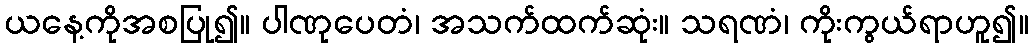
ယနေ့ကိုအစပြု၍။ ပါဏုပေတံ၊ အသက်ထက်ဆုံး။ သရဏံ၊ ကိုးကွယ်ရာဟူ၍။